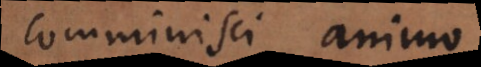
comminisci animo